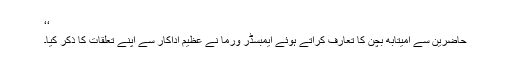
‘‘
حاضرین سے امیتابھ بچن کا تعارف کراتے ہوئے ایمبسڈر ورما نے عظیم اداکار سے اپنے تعلقات کا ذکر کیا۔